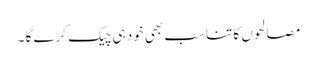
مصالحوں کا تناسب بھی خود ہی چیک کرے گا ۔